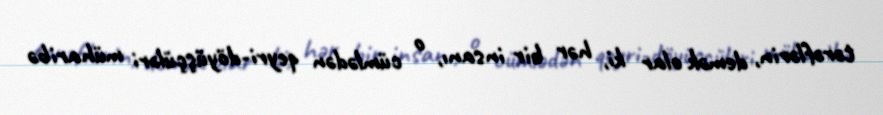
tərəflərin, demək olar ki, hər bir insanı, o cümlədən qeyri-döyüşçüləri müharibə